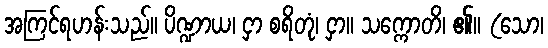
အကြင်ရဟန်းသည်။ ပိဏ္ဍာယ၊ ငှာ စရိတုံ၊ ငှာ။ သက္ကောတိ၊ ၏။ (သော၊